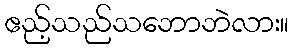
ဧည့်သည်သဘောဘဲလား။